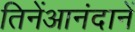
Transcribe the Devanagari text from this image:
तिनेंआनंदानें